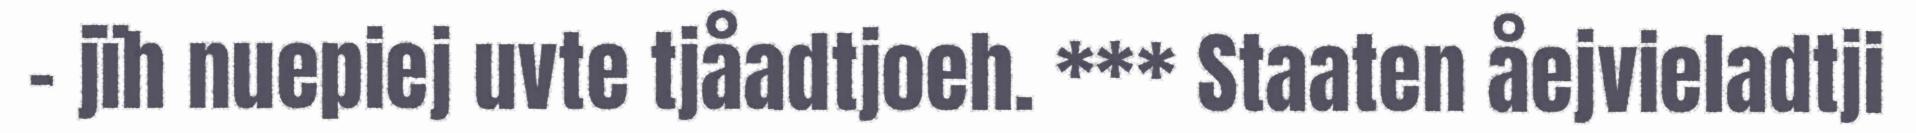
- jïh nuepiej uvte tjåadtjoeh. *** Staaten åejvieladtji